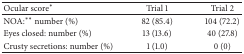
<table><thead><tr><td><b>Ocular score<sup><i>∗</i></sup></b></td><td><b>Trial 1 </b></td><td><b>Trial 2</b></td></tr></thead><tbody><tr><td>NOA:<sup><i>∗∗</i></sup> number (%)</td><td>82 (85.4)</td><td>104 (72.2)</td></tr><tr><td>Eyes closed: number (%)</td><td>13 (13.6)</td><td>40 (27.8)</td></tr><tr><td>Crusty secretions: number (%)</td><td>1 (1.0)</td><td>0 (0)</td></tr></tbody></table>